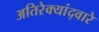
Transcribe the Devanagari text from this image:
अतिरेक्यांद्वारे